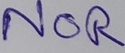
Text: NOR